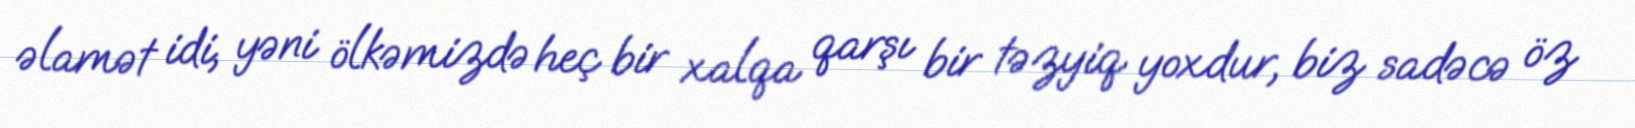
əlamət idi, yəni ölkəmizdə heç bir xalqa qarşı bir təzyiq yoxdur, biz sadəcə öz